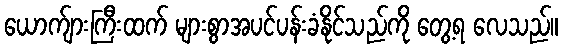
ယောက်ျားကြီးထက် များစွာအပင်ပန်းခံနိုင်သည်ကို တွေ့ရ လေသည်။